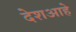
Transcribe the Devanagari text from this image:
देशआहे